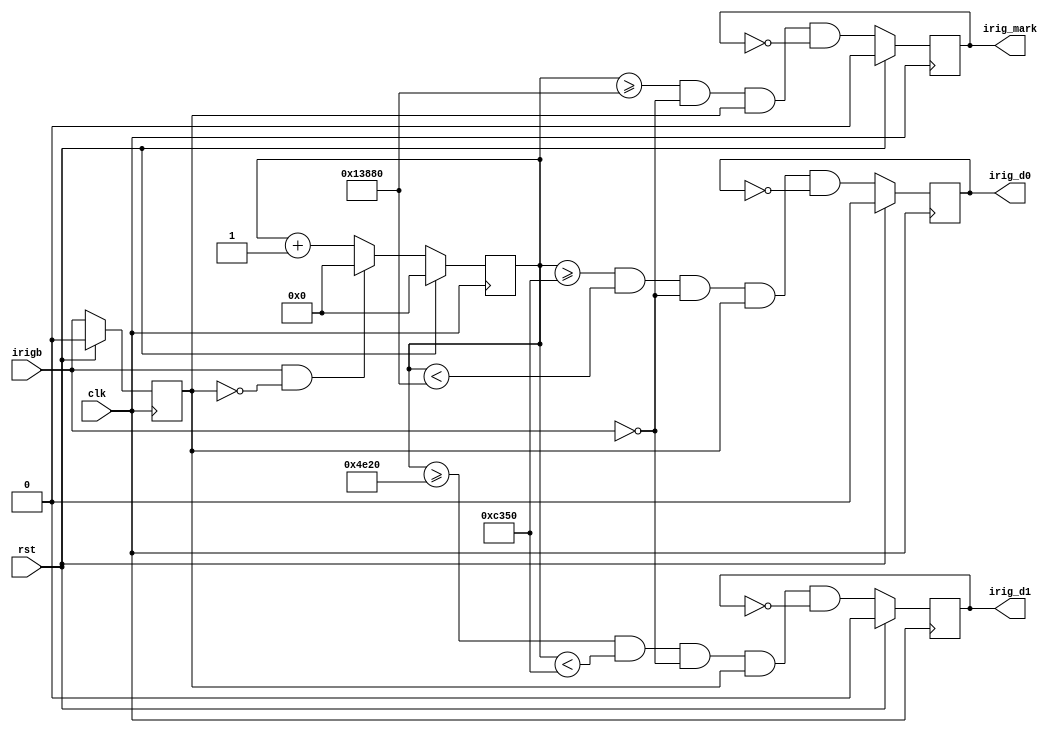
module irig_width_decode (
                          input      clk,
                          input      irigb,
                          output reg irig_mark,
                          output reg irig_d0,
                          output reg irig_d1,
                          input      rst
                          );
    
    
    // 10MHz clock and 10kHz IRIG-B
    // Width encoding of the three states
    localparam CYCLES_ZERO = 17'd20000;
    localparam CYCLES_ONE  = 17'd50000;
    localparam CYCLES_MARK = 17'd80000;
    
    // Clock cycles in an IRIG bit
    reg [16:0]                       clk_cnt = 17'b0;
    reg                              irigb_last = 1'b0;
    
    always @(posedge clk) begin
        if (rst) begin
            clk_cnt <= 17'b0;
            irigb_last = 1'b0;
            irig_d0 <= 1'b0;
            irig_d1 <= 1'b0;
            irig_mark <= 1'b0;
        end else begin
            // Check widths at irig falling edge and produce one-cycle pulse
            irig_mark <= (clk_cnt >= CYCLES_MARK) && !irigb && irigb_last && !irig_mark;
            irig_d0   <= (clk_cnt >= CYCLES_ONE) && (clk_cnt < CYCLES_MARK) && !irigb && irigb_last && !irig_d0;
            irig_d1   <= (clk_cnt >= CYCLES_ZERO) && (clk_cnt < CYCLES_ONE) && !irigb && irigb_last && !irig_d1;
            
            // Reset count on rising edge of irig bit
            if (irigb && !irigb_last)
              clk_cnt <= 17'b0;
            else
              clk_cnt <= clk_cnt+17'b1;
            irigb_last <= irigb;
        end
    end
    
endmodule